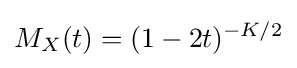
M_{X}(t)=(1-2t)^{-K/2}